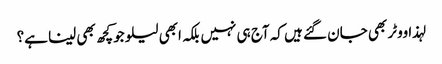
لہذا ووٹر بھی جان گئے ہیں کہ آج ہی نہیں بلکہ ابھی لیلو جوکچھ بھی لینا ہے؟